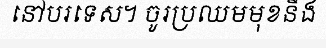
នៅបរទេស។ ចូរប្រឈមមុខនឹង